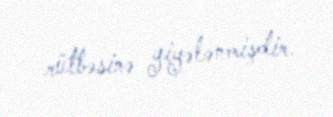
rütbəsinə yiyələnmişdir.